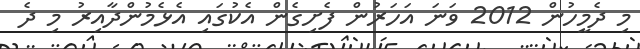
މި ދެމީހުން 2012 ވަނަ އަހަރުން ފެށިގެން އެކުގައި އެޅެމުންދާއިރު މި ދެ